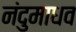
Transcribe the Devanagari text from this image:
नंदुमाधव